Bréfritari: Sigríður Pálsdóttir
Viðtakandi: Páll Pálsson
Dagsetning: A-1866-06-07
Skrifað á: Breiðabólsstað  Rang.
Páll var bróðir Sigríðar

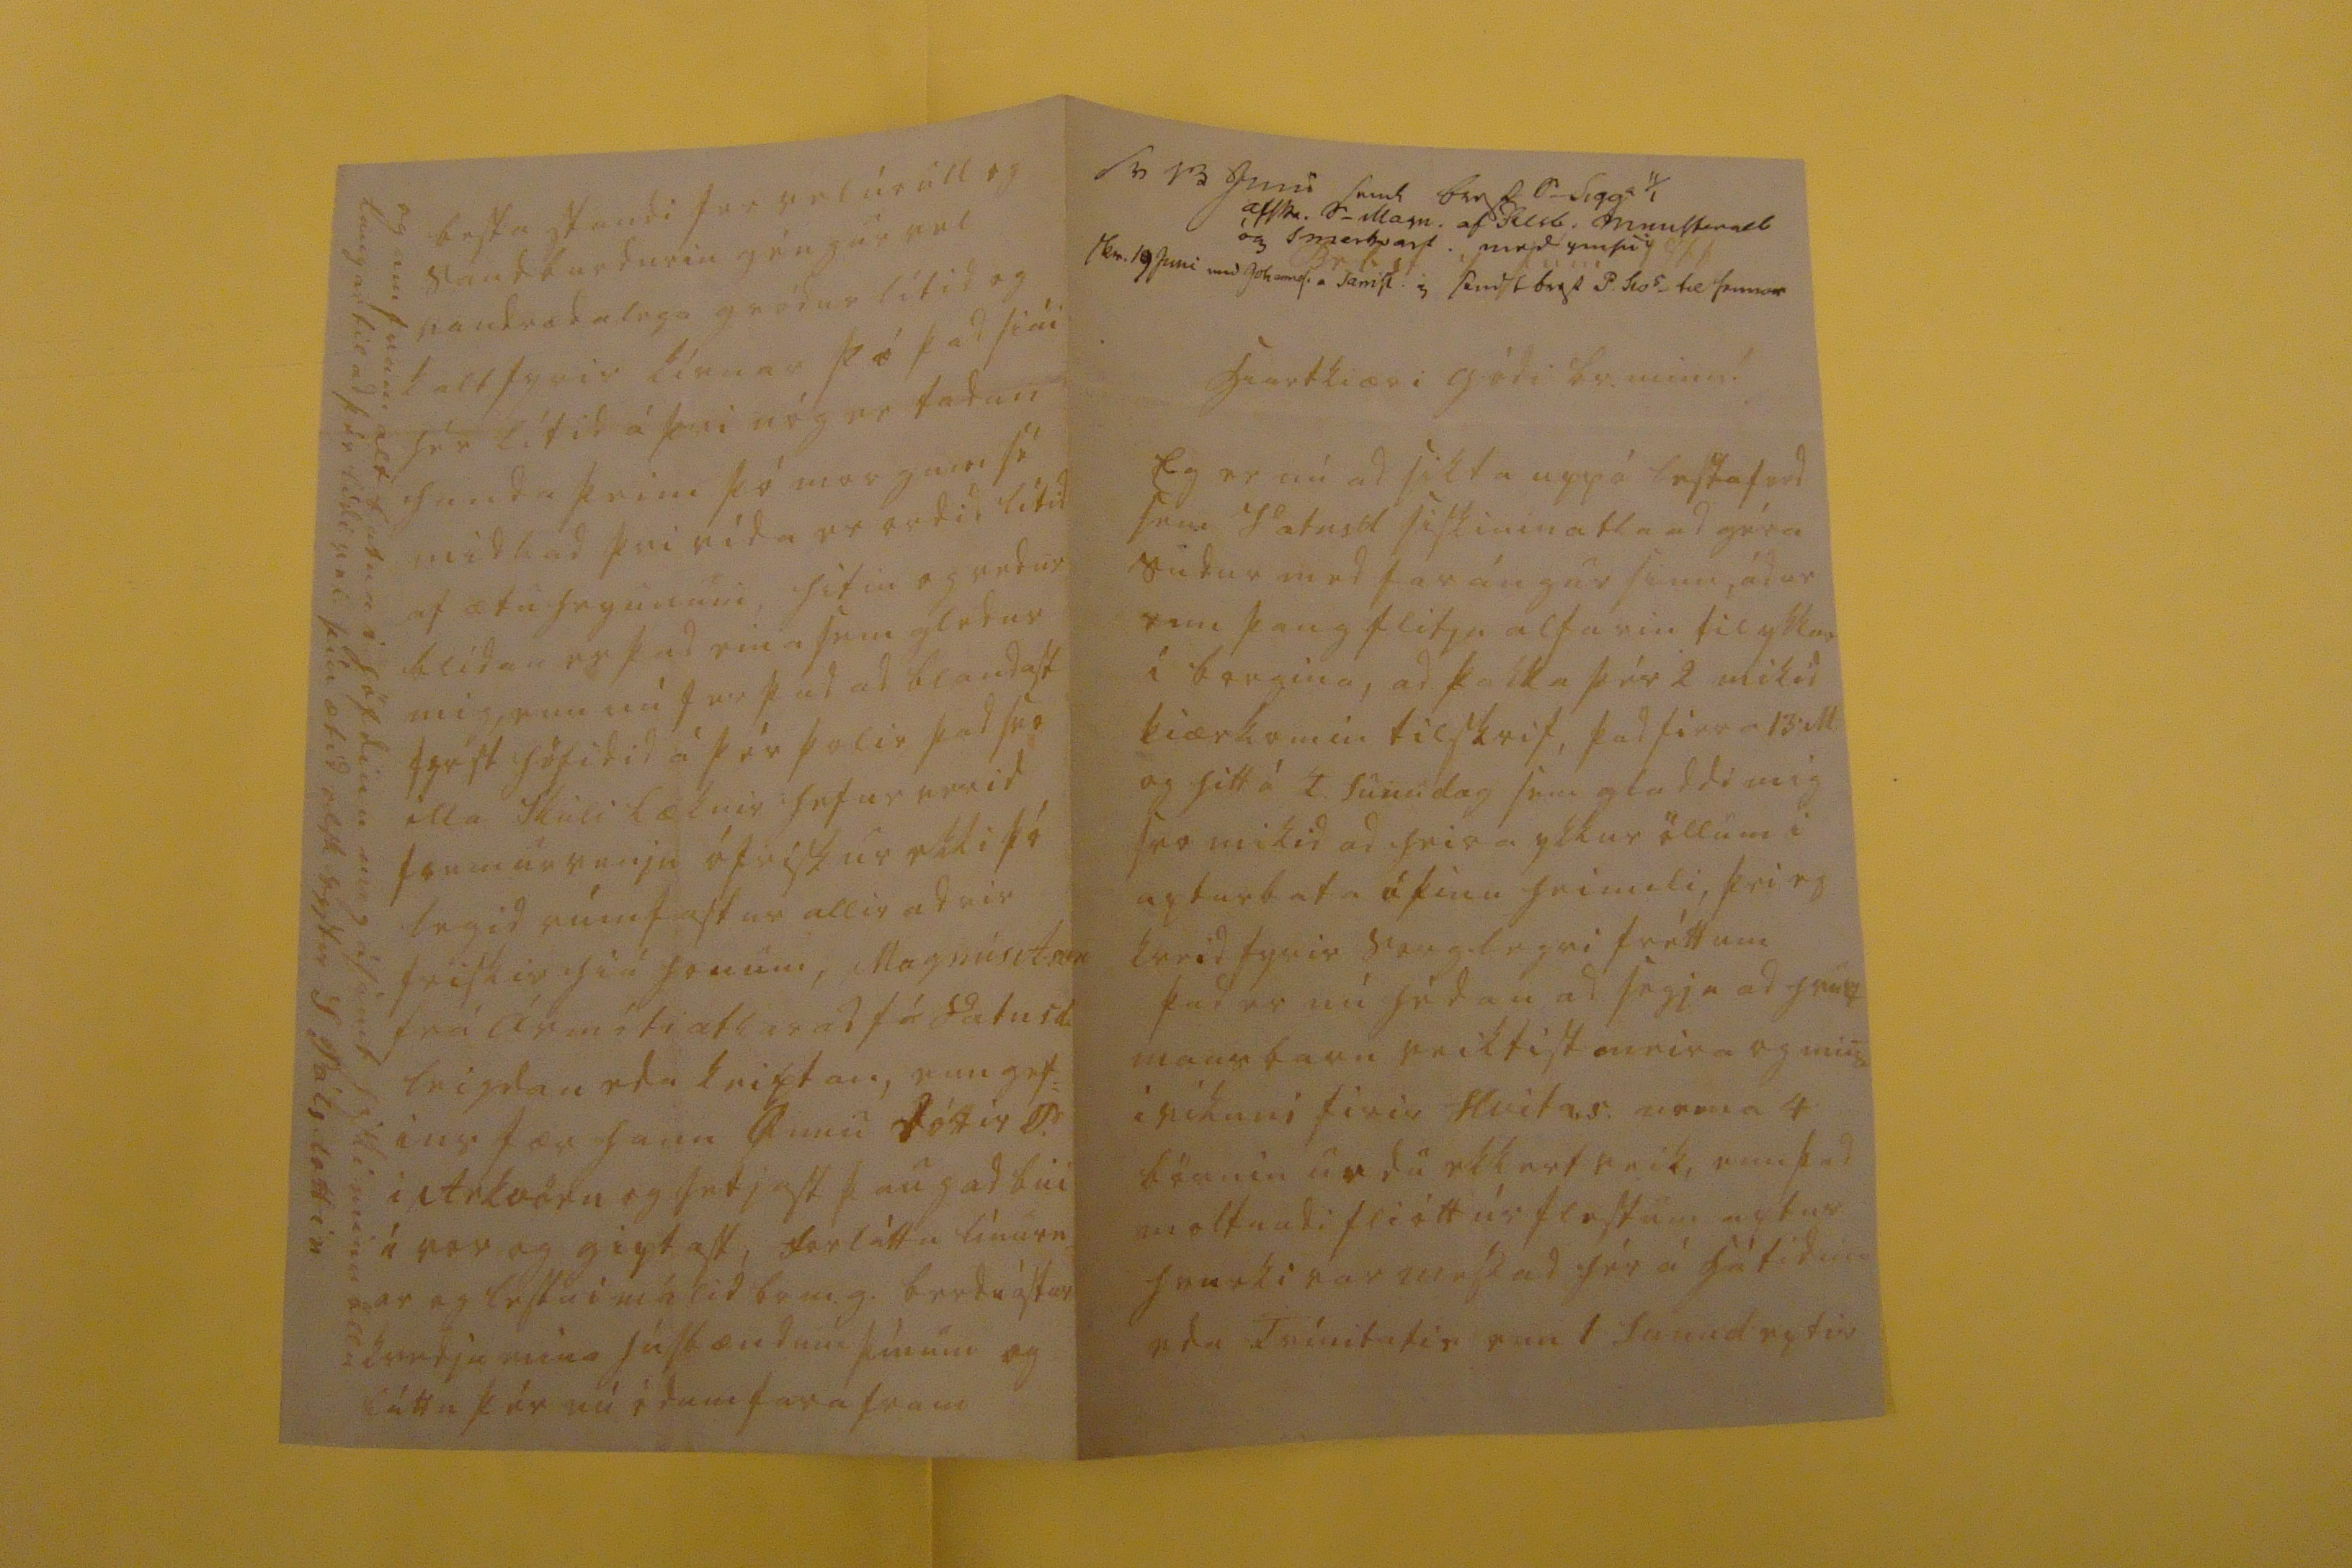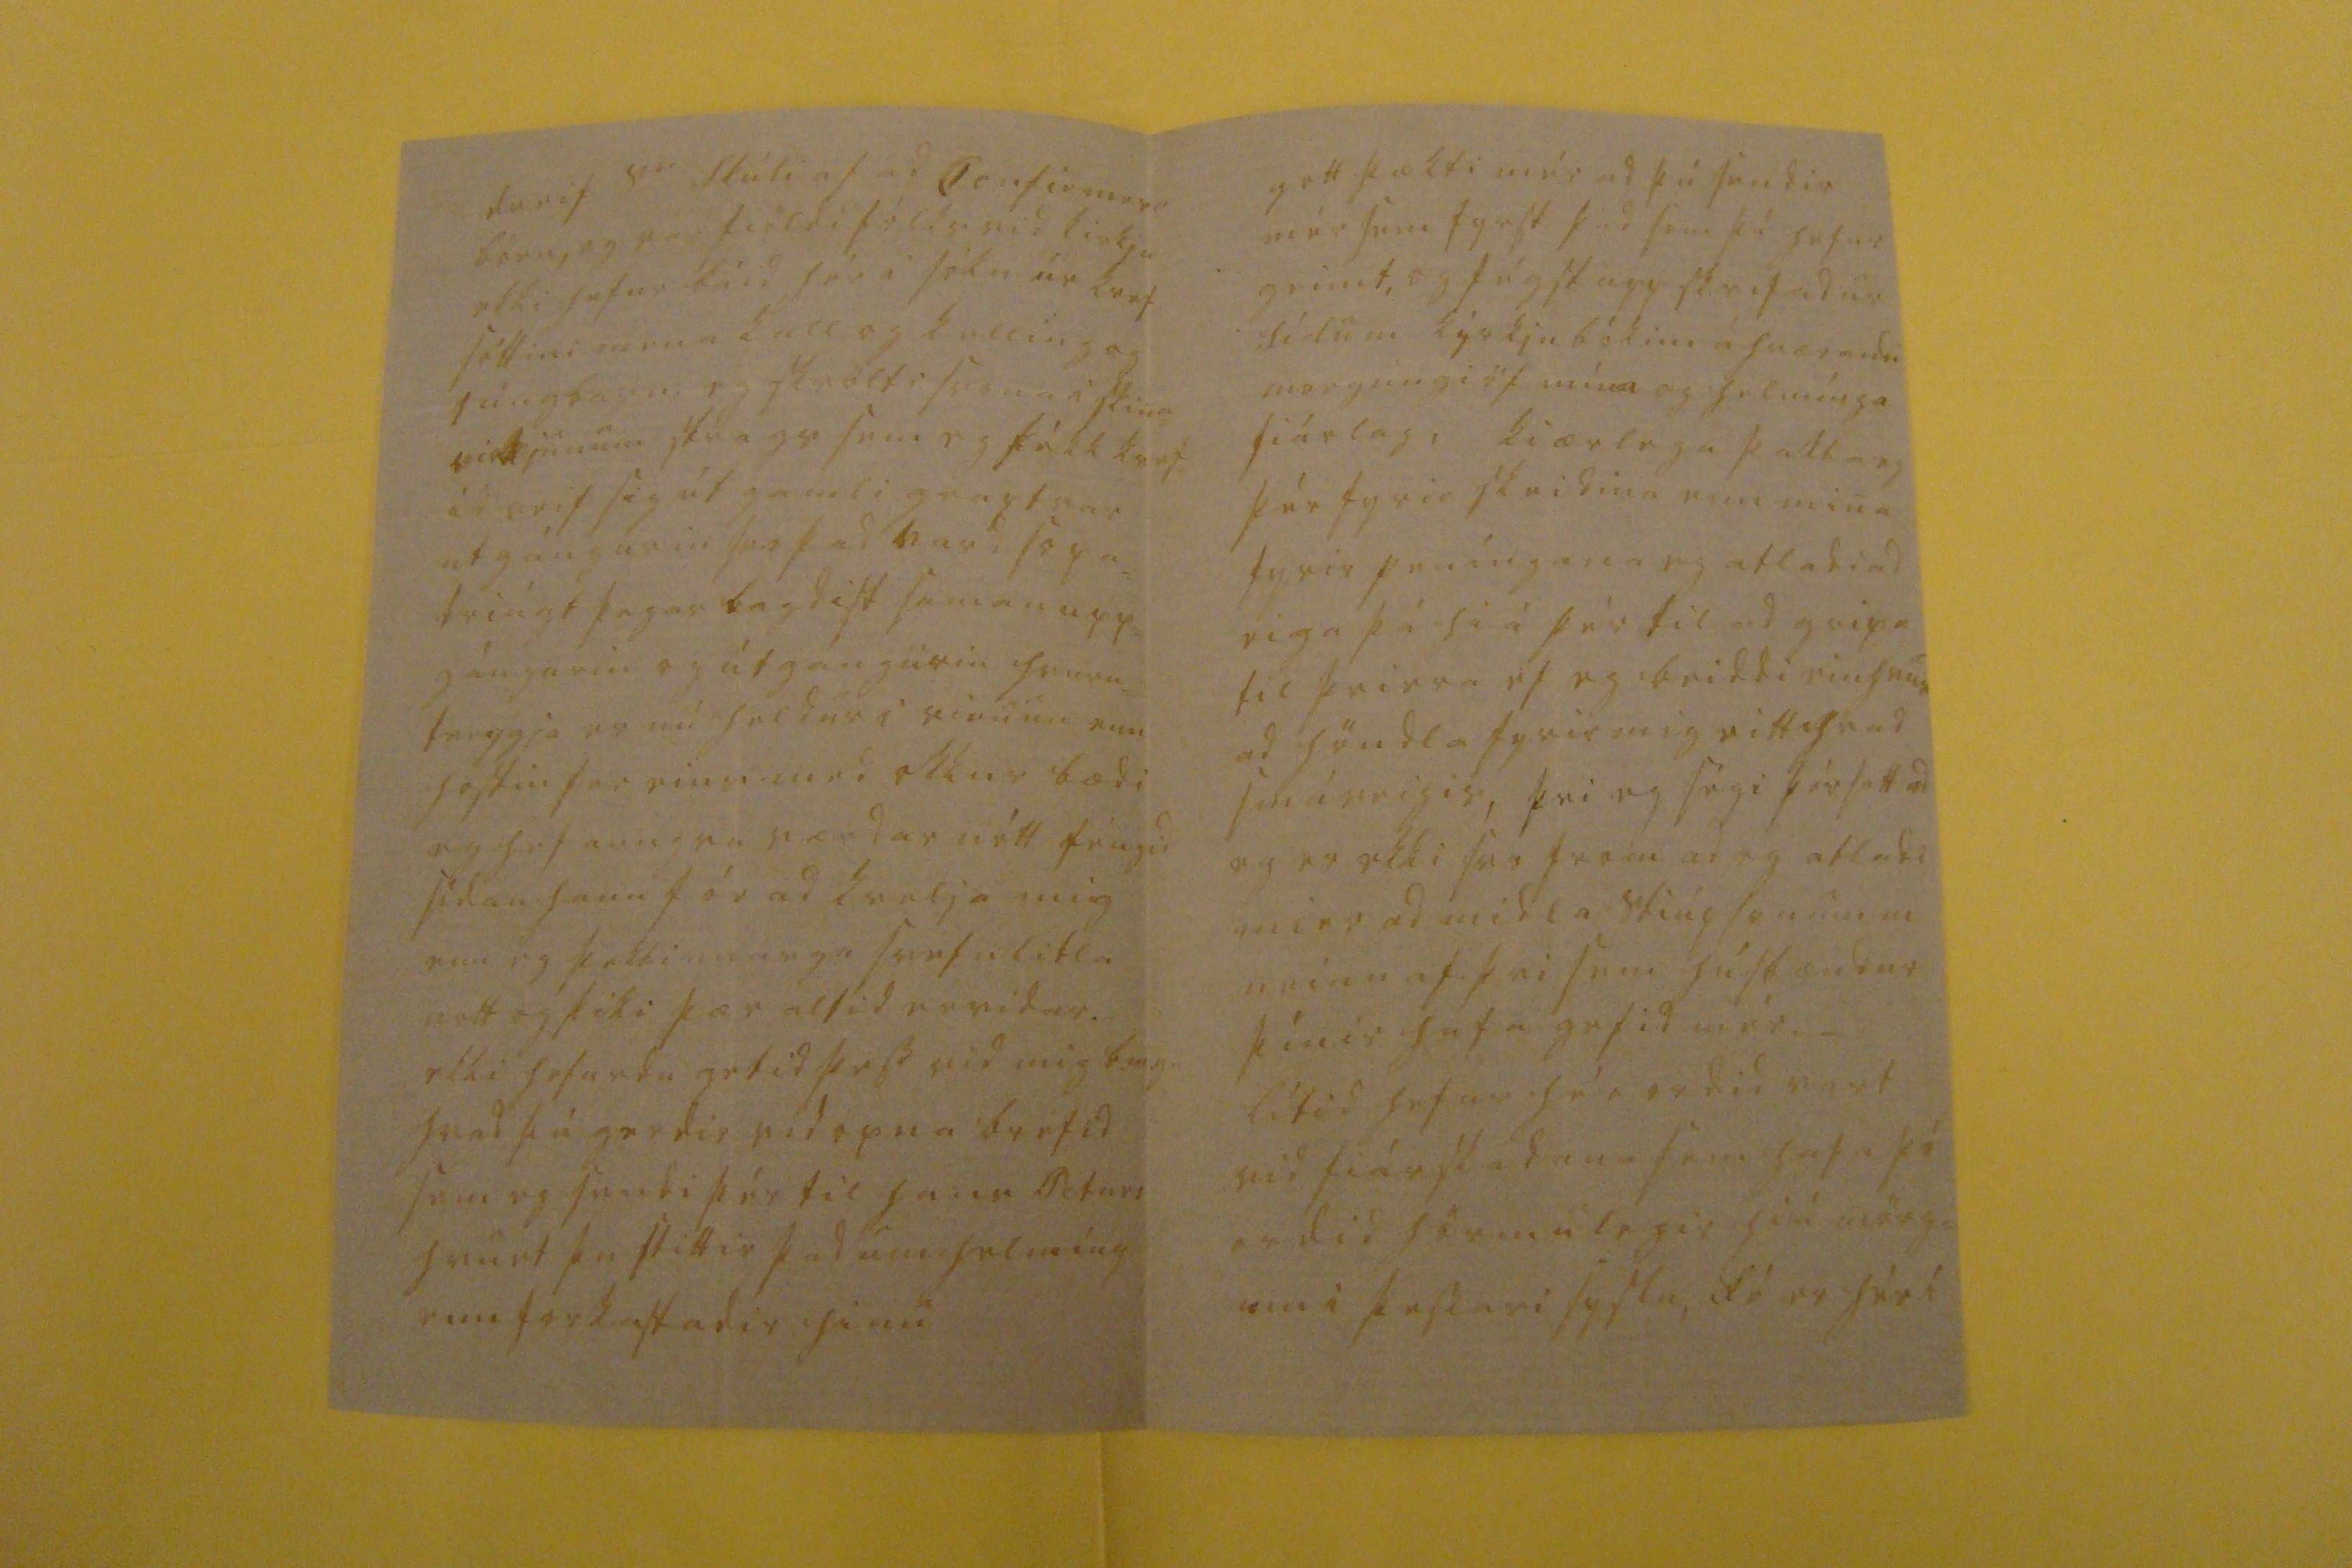

sv 13 Juni send brg 0 0 Sigga 11/1 af000. S_ Magn. af 0lsb. men000ll og smerkvart. med misu Her. 19 juni med Johannes a Samisl. send brg 2 P.000ö til hennar
Br.b.st. 4 Júni 1866
hiartkiæri gódi br. minn!
Eg er nú ad sikta upp á lestaferd sem Vatnsd siskinin atla ad géra sudur med farángur sinn, ádur enn þaug flitja alfarin til ykkar i borgina, ad þakka þér 2 mikid kiærkomin tilskrif, þad firra 13 M. og hitt á 4 Sunudag sem gladdi mig svo mikid ad heira ykkur öllum i apturbata á þinu heimili, þvi eg kveid fyrir sorglegri fréttum þad er nú hédan ad segja ad hvurt mans barn veiktist meira og mina i vikuni firir Hvitas. nema 4 börnin urdu ekkert veik, enn þad moltnadi fliótt úr flestum aptur hvurki var messad hér á hátídina eda
tvínitafie
enn 1 Sunud eptir
dreif s
er
Skúli af ad Confirmera börn, og var fiöldi fólks vid kirkju ekki hefur dáid hér i sókn úr kvef sóttini nema kall og kelling og 1 úngbarn, eg skrölti svona i skina=
v00kjunum
strags sem eg fékk kvef= id reif sig út gamli graptrar utgángurin svo þad vard sopa= driúgt þegar lagdist saman upp= gángurin og útgángurin hvuru= tveggja er nú heldur i rienum enn hostin fer eins med okkur bædi og hef aungva værdar nótt féngid sídan hann fór ad kvelja mig enn eg þekki marga svefn litla nott og þiki þær altid ervidar ekki hefurdu getid þess vid mig b.m.g. hvad þú gerdir vid opna bréfid sem eg sendi þér til hans Peturs hvurt þu stittir þad um helmíng enn forkastadir hinu
gott þækti mér ad þú sendir mér sem fyrst þad sem þú hefur geiimt, og fégst upp skrifad úr síslu m kyrkju bókini áhrærandi morgungiöf mína og helmínga fiárlag, kiærlega þakka eg þér fyrir skeidina enn mina fyrir peníngana eg atladi ad eiga þá hiá þér til ad gripa til þeirra ef eg beiddi einhvur ad höndla fyrir mig eitthvad smáveigis, þvi eg ségi þér satt ad eg er ekki svo
from
ad eg atladi mier ad midla stiúpsonum m neinu af þvi sem húsbændur þínir hafa gefid mér._ lítid hefur hér ordid vart vid fiárskadann sem hafa þó ordid hörmulegir hiá mörg= um i þessari syslu, fé er hér i
besta standi fer vel úr ull og saudburdurin géngur vel vandrædalega gródur lítid og kalt fyrir kírnar þó þad siái hér lítid á þvi nóg er tadan handa þeim þó morgum sé midlad þvi vída er ordid lítid af ætu heyunum, hitin og vedur blídan er þad eina sem gledur mig, enn nú fer þad ad blandast fyrst höfidid á þér þolir þad svo illa Skúli læknir hefur verid
f000
úr venju ófriskur ekki þó legid rúmfastur allir adrir friskir hiá honum, Magnús A
sm
frá ármóti ætlar ad fá Vatnsd. leigdan eda keiptan, enn gef= ins fær hann Onnu dóttir P. i Arkvörn og setjast þaug ad bui í vor og giptast, forláttu línurn= =ar og lestu i málid br.m.g. berdu ástar kvedju mína húsbændum þínum og láttu þér nú ódum fara fram
og um fram alt batna i höfdinu mig ásamt hiski minu öllu langar til ad þér lídi vel þín ætíd elsk systir S Pálsdottir